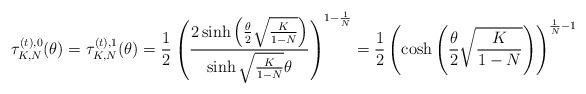
LaTeX: \begin{align*}\tau_{K,N}^{(t),0}(\theta)=\tau_{K,N}^{(t),1}(\theta)&=\frac{1}{2}\left(\dfrac{2\sinh \left(\frac{\theta}{2}\sqrt{\frac{K}{1-N}}\right)}{\sinh \sqrt{\frac{K}{1-N}}\theta}\right)^{1-\frac{1}{N}}=\frac{1}{2}\left(\cosh \left(\frac{\theta}{2}\sqrt{\frac{K}{1-N}}\right)\right)^{\frac{1}{N}-1}\end{align*}